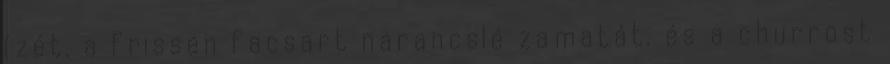
ízét, a frissen facsart narancslé zamatát, és a churrost